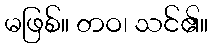
မဖြစ်။ တဝ၊ သင်၏။